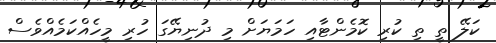
ކަލޭ ތީ ތި ކުރި ކޮމެންޓާއި ހަމަޔަށް މި ދުނިޔޭގަ ހުރި މީހެއްކަމެއްވެސް